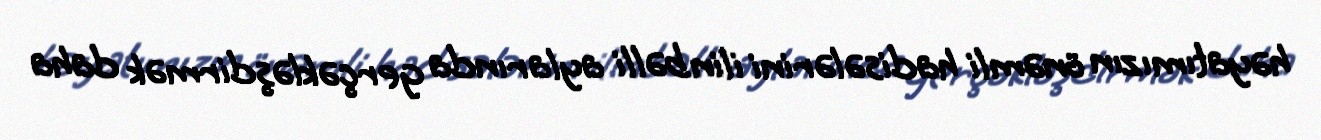
həyatımızın önəmli hadisələrini ilin bəlli aylarında gerçəkləşdirmək daha